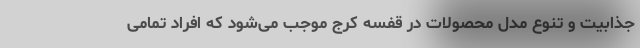
جذابیت و تنوع مدل محصولات در قفسه کرج موجب می‌شود که افراد تمامی